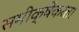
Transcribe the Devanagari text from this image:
समीक्षेकरता